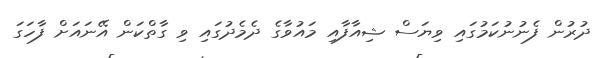
ދުރުން ފެނުނުކަމުގައި ވިޔަސް ޝިއާފާއި މައުވާގެ ދެމެދުގައި ވި ގާތްކަން އޭނައަށް ފާހަގަ